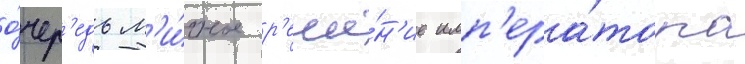
о́чер'едь л'и́чное р'еше́н'ие имп'ера́тора